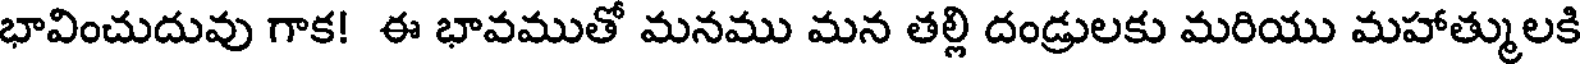
భావించుదువు గాక! ఈ భావముతో మనము మన తల్లి దండ్రులకు మరియు మహాత్ములకి